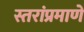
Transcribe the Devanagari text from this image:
स्तरांप्रमाणे